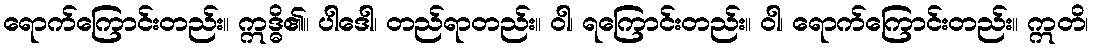
ရောက်ကြောင်းတည်း။ ဣဒ္ဓိ၏။ ပါဒေါ၊ တည်ရာတည်း။ ဝါ၊ ရကြောင်းတည်း။ ဝါ၊ ရောက်ကြောင်းတည်း။ ဣတိ၊